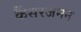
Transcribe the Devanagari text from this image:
कैंसरजनन